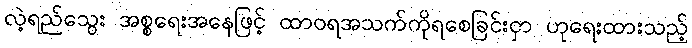
လဲ့ရည်သွေး အစ္စရေးအနေဖြင့် ထာဝရအသက်ကိုရစေခြင်းငှာ ဟုရေးထားသည့်